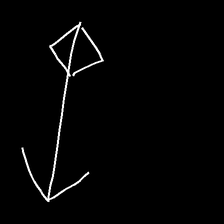
Glyph: focus